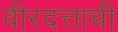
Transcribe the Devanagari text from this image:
वीरदत्ताची